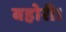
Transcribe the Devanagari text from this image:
बहोरी।